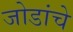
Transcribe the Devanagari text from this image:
जोडांचे